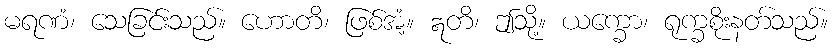
မရဏံ၊ သေခြင်းသည်။ ဟောတိ၊ ဖြစ်အံ့။ ဣတိ၊ ဤသို့။ ယက္ခော၊ ရုက္ခစိုးနတ်သည်။